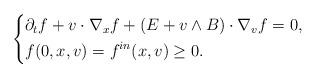
LaTeX: \begin{align*}\left\{\begin{aligned}& \partial_t f + v\cdot \nabla_x f + \left(E+v \wedge B\right) \cdot \nabla_{v} f= 0, \\& f(0,x,v)=f^{in}(x,v)\geq 0.\end{aligned}\right.\end{align*}